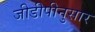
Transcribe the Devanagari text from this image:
जीडीपीनुसार